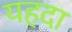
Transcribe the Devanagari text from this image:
यहदा